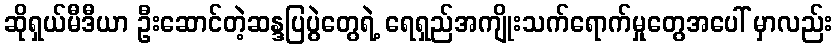
ဆိုရှယ်မီဒီယာ ဦးဆောင်တဲ့ဆန္ဒပြပွဲတွေရဲ့ ရေရှည်အကျိုးသက်ရောက်မှုတွေအပေါ် မှာလည်း